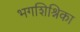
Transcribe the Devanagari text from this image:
भगशिश्निका